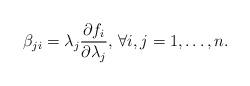
LaTeX: \begin{align*} \beta_{ji}=\lambda_j\frac{\partial f_i}{\partial\lambda_j},\,\forall i,j=1,\dots,n .\end{align*}